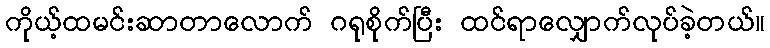
ကိုယ့်ထမင်းဆာတာလောက် ဂရုစိုက်ပြီး ထင်ရာလျှောက်လုပ်ခဲ့တယ်။